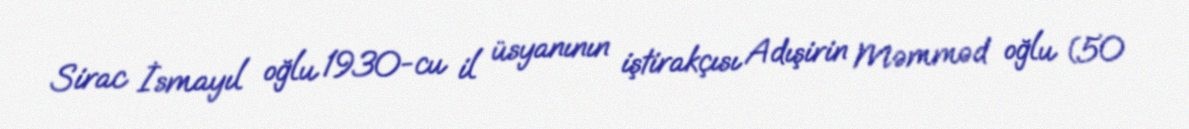
Sirac İsmayıl oğlu 1930-cu il üsyanının iştirakçısı Adışirin Məmməd oğlu (50